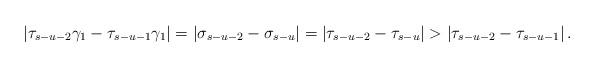
LaTeX: \begin{align*} \left|\tau_{s-u-2}\gamma_{1}-\tau_{s-u-1}\gamma_{1}\right|=\left|\sigma_{s-u-2}-\sigma_{s-u}\right|=\left|\tau_{s-u-2}-\tau_{s-u}\right|>\left|\tau_{s-u-2}-\tau_{s-u-1}\right|.\end{align*}